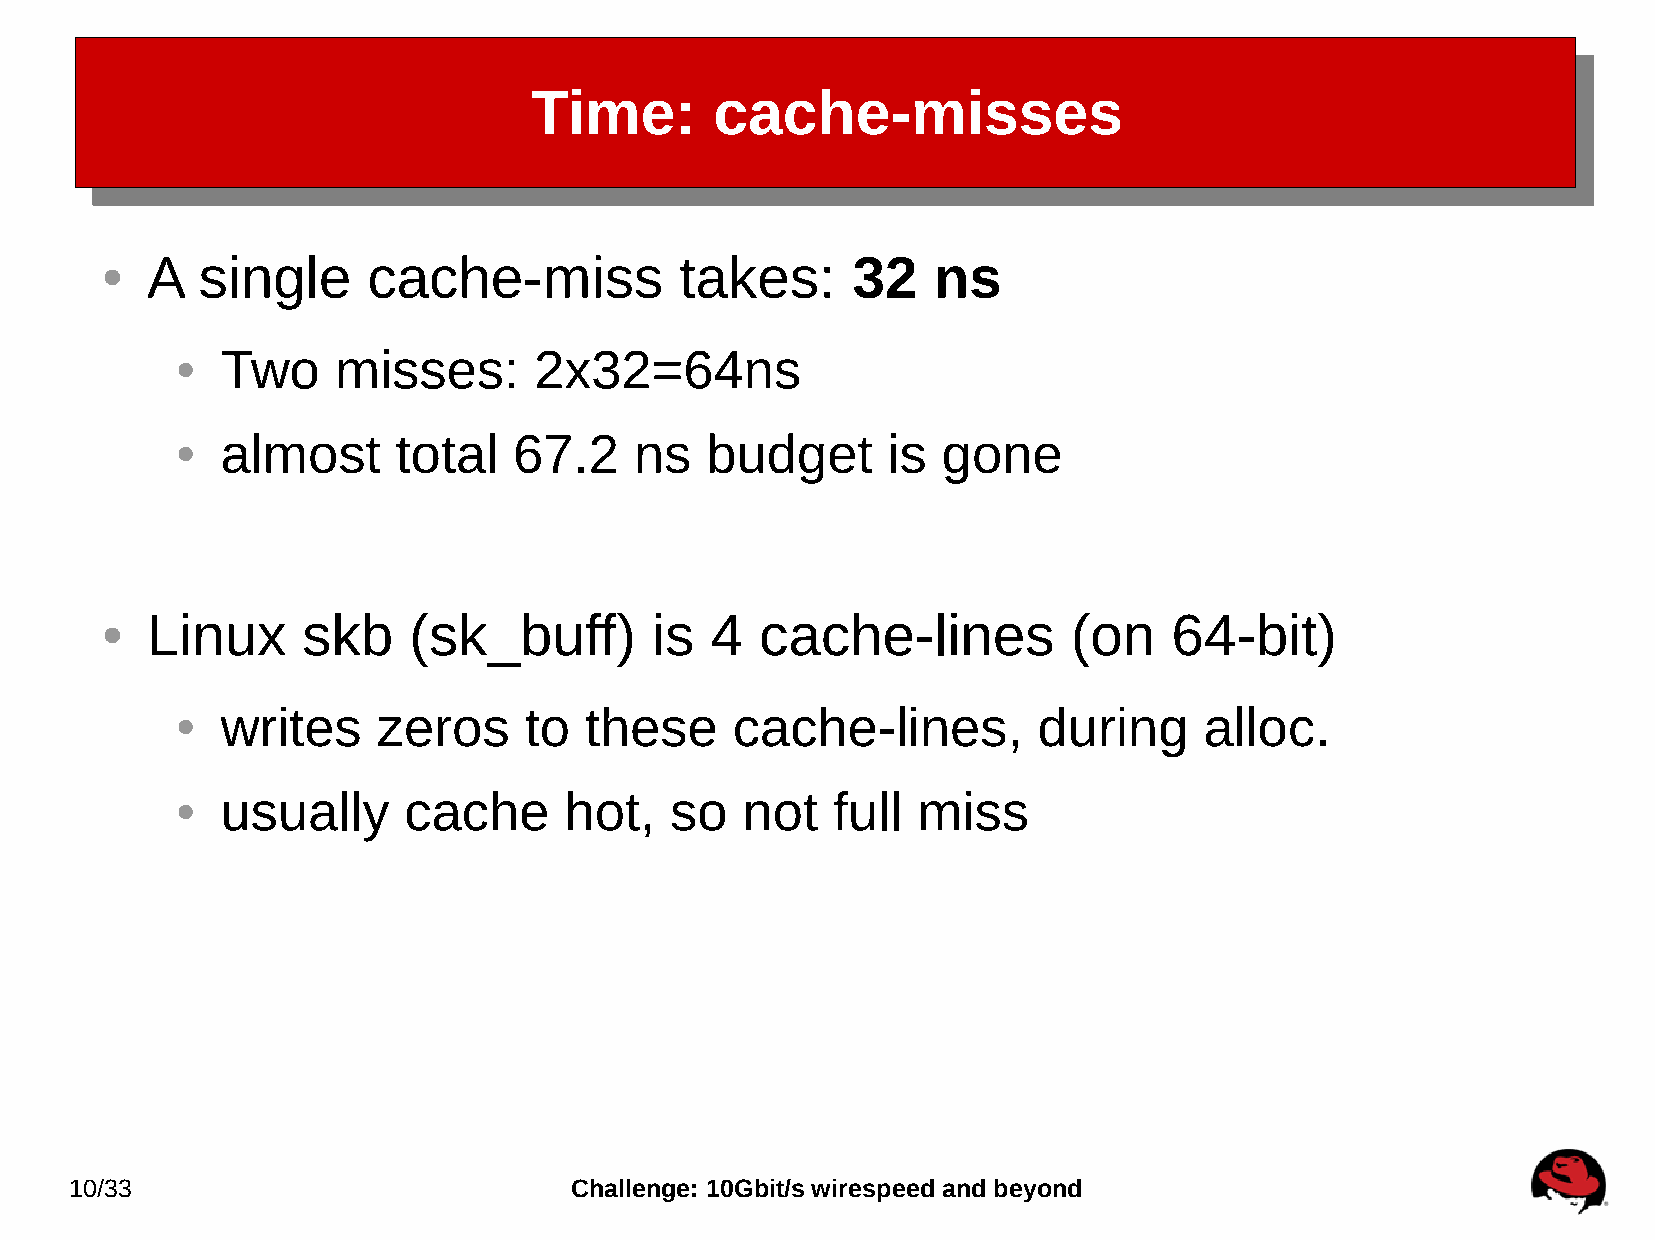
Time:       cache-misses
 A  single     cache-miss           takes:     32    ns
 ●
 Two    misses:      2x32=64ns
 ●
 almost     total   67.2    ns   budget      is gone
 ●
 Linux     skb    (sk_buff)       is  4  cache-lines          (on    64-bit)
 ●
 writes    zeros     to  these    cache-lines,         during     alloc.
 ●
 usually     cache     hot,   so   not   full  miss
 ●
 10/33                            Challenge: 10Gbit/s wirespeed and beyond